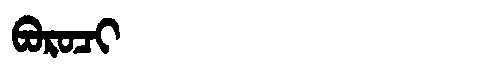
Manchu: ᠪᠣᡵᠣᠴᡳ
Romanization: BOROCI